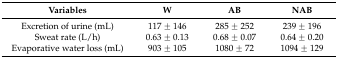
<table><thead><tr><td><b>Variables</b></td><td><b>W</b></td><td><b>AB</b></td><td><b>NAB</b></td></tr></thead><tbody><tr><td>Excretion of urine (mL)</td><td>117 ± 146</td><td>285 ± 252</td><td>239 ± 196</td></tr><tr><td>Sweat rate (L/h)</td><td>0.63 ± 0.13</td><td>0.68 ± 0.07</td><td>0.64 ± 0.20</td></tr><tr><td>Evaporative water loss (mL)</td><td>903 ± 105</td><td>1080 ± 72</td><td>1094 ± 129</td></tr></tbody></table>